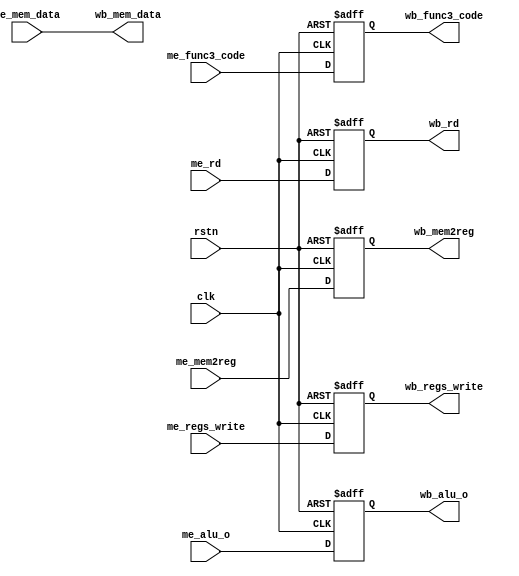
module reg_mem_wb(
    input  wire clk,
    input  wire rstn,
    input  wire[31:0] me_mem_data,
    input  wire[31:0] me_alu_o,
    input  wire[4:0]  me_rd,
    input  wire       me_mem2reg,
    input  wire       me_regs_write,
    input  wire[2:0]  me_func3_code,
    output reg[2:0]   wb_func3_code,
    output reg[31:0]  wb_mem_data,
    output reg[31:0]  wb_alu_o,
    output reg[4:0]   wb_rd,
    output reg        wb_mem2reg,
    output reg        wb_regs_write
);

always @(posedge clk or negedge rstn) begin
    if (!rstn)begin
//        wb_mem_data    <= 0;     
        wb_alu_o       <= 0;     
        wb_rd          <= 0; 
        wb_mem2reg     <= 0;     
        wb_regs_write  <= 0; 
        wb_func3_code  <= 0;            
    end 
    else begin
//        wb_mem_data    <= me_mem_data;     
        wb_alu_o       <= me_alu_o;     
        wb_rd          <= me_rd; 
        wb_mem2reg     <= me_mem2reg;     
        wb_regs_write  <= me_regs_write;   
        wb_func3_code  <= me_func3_code;
    end
    $display("wb_alu_o     : %h",wb_alu_o);
    $display("wb_mem2reg   : %h",wb_mem2reg);
    $display("wb_regs_write: %h",wb_regs_write);
    $display("-----------------------");
end

always @(*) begin
    wb_mem_data = me_mem_data; //offset the 1-cycle delay caused by syn_RAM
    $display("wb_mem_data  : %h",wb_mem_data);
end

endmodule